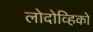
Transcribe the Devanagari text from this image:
लोदोव्हिको